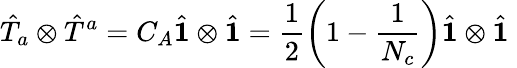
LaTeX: \hat{T}_{a}\otimes\hat{T}^{a}=C_{A}\hat{\mathbf 1}\otimes\hat{\mathbf 1}=\frac 12\left(1-\frac{1}{N_{c}}\right)\hat{\mathbf 1}\otimes\hat{\mathbf 1}\;